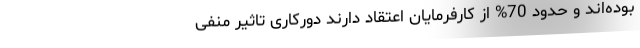
بوده‌اند و حدود 70% از کارفرمایان اعتقاد دارند دورکاری تاثیر منفی